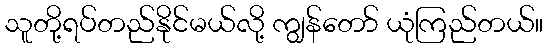
သူတို့ရပ်တည်နိုင်မယ်လို့ ကျွန်တော် ယုံကြည်တယ်။